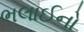
ભલાઈનો